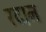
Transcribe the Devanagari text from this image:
रदान